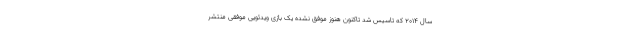
سال ۲۰۱۴ که تاسیس شد تاکنون هنوز موفق نشده یک بازی ویدئویی موفقی منتشر